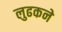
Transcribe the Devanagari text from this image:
लुढकने